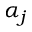
\alpha _ { j }